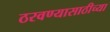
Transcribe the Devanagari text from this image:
ठरवण्यासाठीच्या